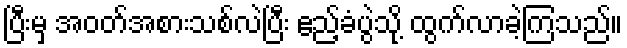
ပြီးမှ အဝတ်အစားသစ်လဲပြီး ဧည့်ခံပွဲသို့ ထွက်လာခဲ့ကြသည်။